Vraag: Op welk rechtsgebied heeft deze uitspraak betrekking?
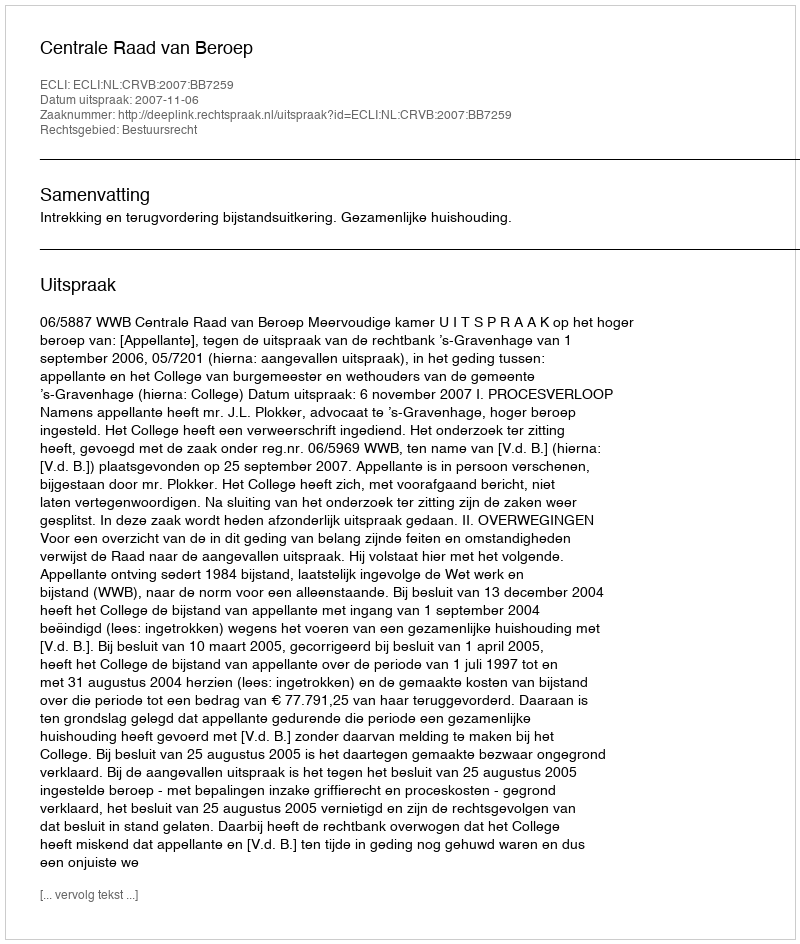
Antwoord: Bestuursrecht